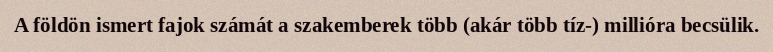
A földön ismert fajok számát a szakemberek több (akár több tíz-) millióra becsülik.